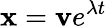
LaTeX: {\mathbf{x}}={\mathbf{v}}e^{\lambda t}